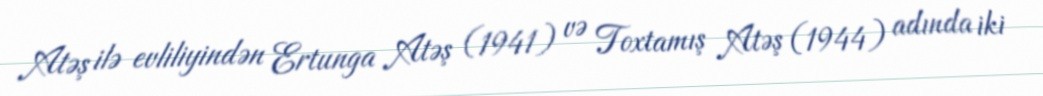
Atəş ilə evliliyindən Ertunga Atəş (1941) və Toxtamış Atəş (1944) adında iki